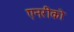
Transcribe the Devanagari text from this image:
एनरीको